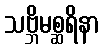
သဗ္ဘိမစ္ဆရိနာ